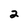
Character: 2